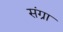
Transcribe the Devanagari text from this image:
संग्रा